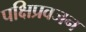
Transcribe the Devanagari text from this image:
पक्षिप्रवजन